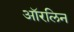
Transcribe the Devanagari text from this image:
ऑरलिन